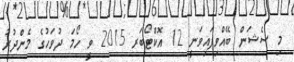
މި ސެޝަން ބޭއްވިފައިވަނީ 12 އޮކްޓޯބަރ 2015 ވީ ހޯމަ ދުވަހުގެ މެންދުރު